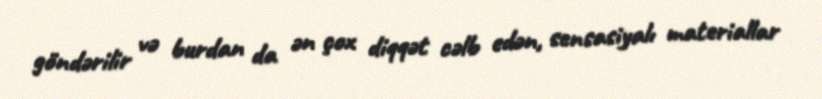
göndərilir və burdan da ən çox diqqət cəlb edən, sensasiyalı materiallar